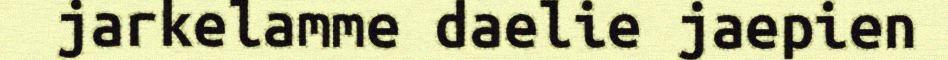
jarkelamme daelie jaepien